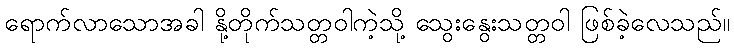
ရောက်လာသောအခါ နို့တိုက်သတ္တဝါကဲ့သို့ သွေးနွေးသတ္တဝါ ဖြစ်ခဲ့လေသည်။